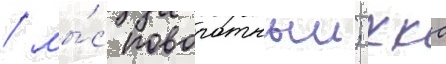
/ мы́с поворотныи; ккс